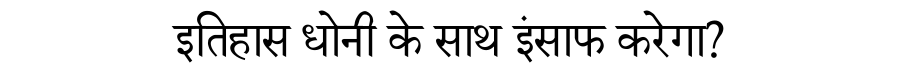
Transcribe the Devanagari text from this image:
इतिहास धोनी के साथ इंसाफ करेगा?